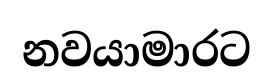
නවයාමාරට